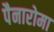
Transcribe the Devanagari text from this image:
पैनारोमा